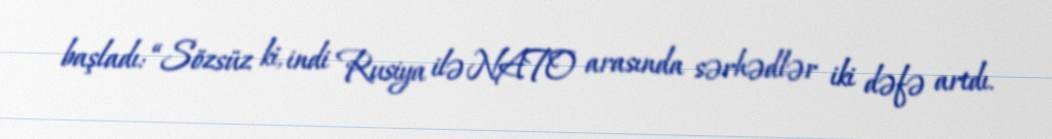
başladı: “Sözsüz ki, indi Rusiya ilə NATO arasında sərhədlər iki dəfə artdı.